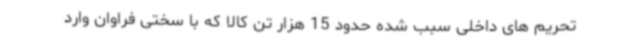
تحریم های داخلی سبب شده حدود 15 هزار تن کالا که با سختی فراوان وارد